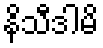
နိသီဒါမိ